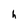
Character: h